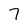
Character: 7